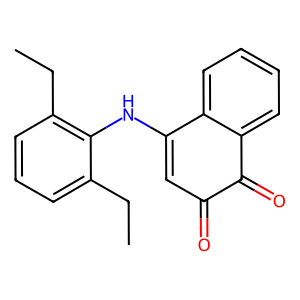
SMILES: CCc1cccc(CC)c1NC1=CC(=O)C(=O)c2ccccc21
Inhibits HIV replication: No